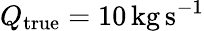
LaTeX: Q_{\mathrm{true}}=10\, \mathrm{kg}\, \mathrm{s}^{-1}